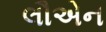
લૌએન